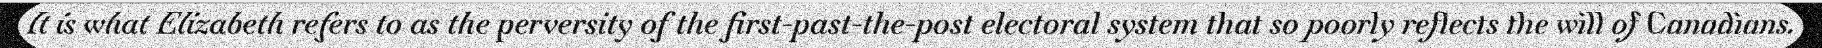
It is what Elizabeth refers to as the perversity of the first-past-the-post electoral system that so poorly reflects the will of Canadians.